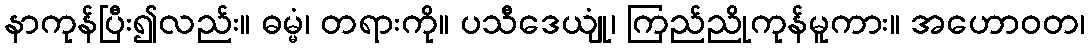
နာကုန်ပြီး၍လည်း။ ဓမ္မံ၊ တရားကို။ ပသီဒေယျုံ၊ ကြည်ညိုကုန်မူကား။ အဟောဝတ၊